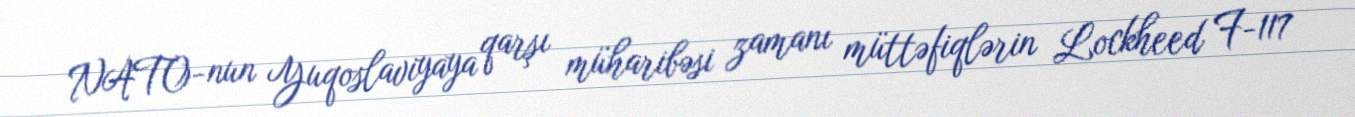
NATO-nun Yuqoslaviyaya qarşı müharibəsi zamanı müttəfiqlərin Lockheed F-117